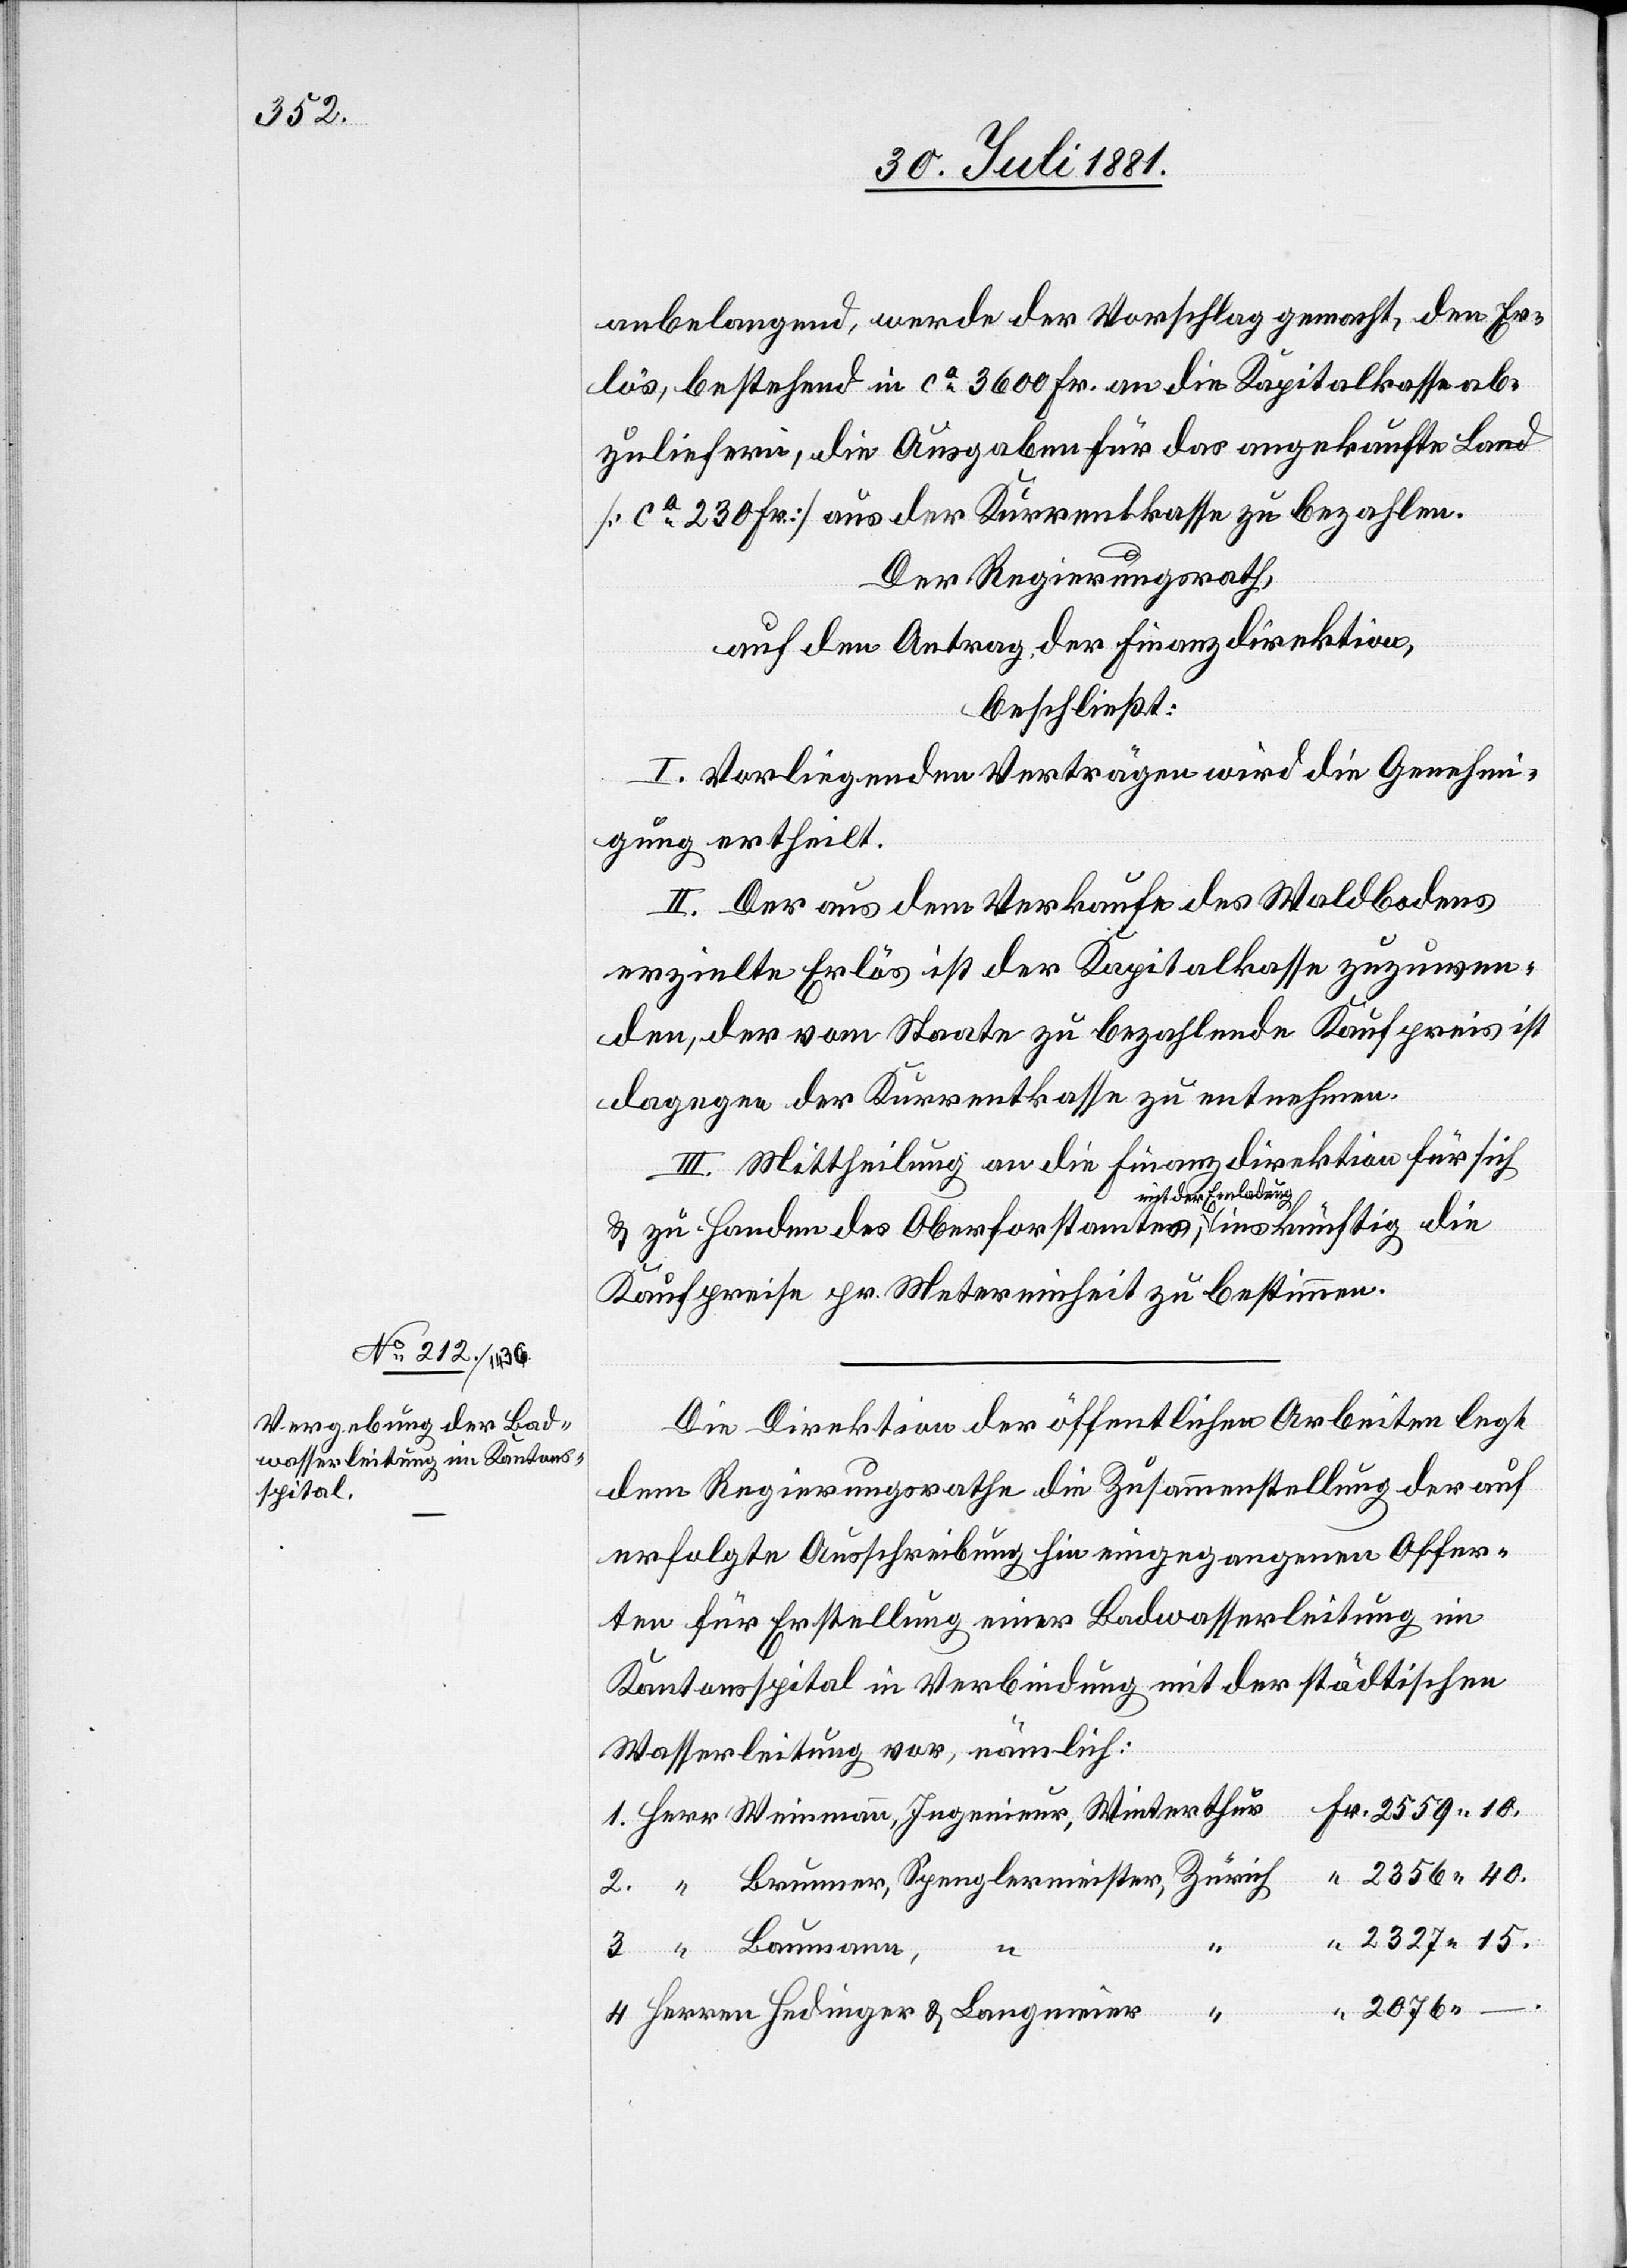
anbelangend, werde der Vorschlag gemacht, den Er¬
lös, bestehend in ca 3600 Fr. an die Kapitalkasse ab¬
zuliefern, die Ausgaben für das angekaufte Land
[ca 230 Fr.] aus der Kurrentkasse zu bezahlen.
Der Regierungsrath,
auf den Antrag der Finanzdirektion,
beschließt:
I. Vorliegenden Verträgen wird die Genehmi¬
gung ertheilt.
II. Der aus dem Verkaufe des Waldbodens
erzielte Erlös ist der Kapitalkasse zuzuwen¬
den, der vom Staate zu bezahlende Kaufpreis ist
dagegen der Kurrentkasse zu entnehmen.
III. Mittheilung an die Finanzdirektion für sich
& zu Handen des Oberforstamtes mit der
Kaufpreise pr. Metereinheit zu bestimmen.
Die Direktion der öffentlichen Arbeiten legt
dem Regierungsrathe die Zusammenstellung der auf
erfolgte Ausschreibung hin eingegangenen Offer¬
ten für Erstellung einer Badwasserleitung im
Kantonsspital in Verbindung mit der städtischen
Wasserleitung vor, nämlich:
2356 40.
2327 15.
4.
Langmeier